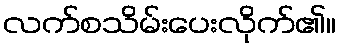
လက်စသိမ်းပေးလိုက်၏။